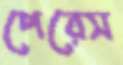
পেরেস